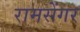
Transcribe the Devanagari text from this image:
रामसेंगर